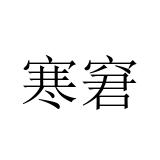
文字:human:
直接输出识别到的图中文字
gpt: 寒窘